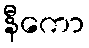
နီကော